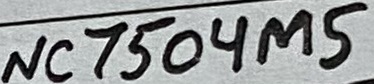
Text: NC7504M5